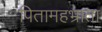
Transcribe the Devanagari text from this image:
पितामहभ्राता